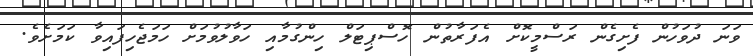
ވަނަ ދުވަހުން ފެށިގެން ރަސްމީކޮށް އެފަރާތުން ހޮސްޕިޓަލް ހިންގުމާއި ހަވާލުވުމަށް ހަމަޖެހިފައިވާ ކަމަށެވެ.